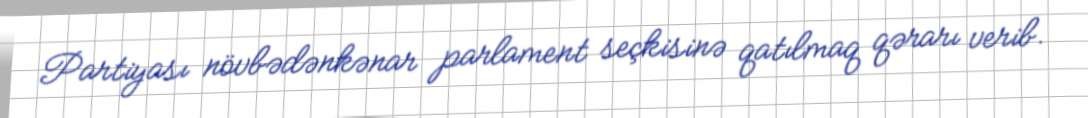
Partiyası növbədənkənar parlament seçkisinə qatılmaq qərarı verib.